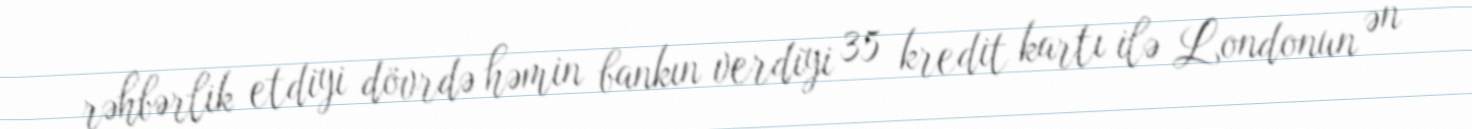
rəhbərlik etdiyi dövrdə həmin bankın verdiyi 35 kredit kartı ilə Londonun ən